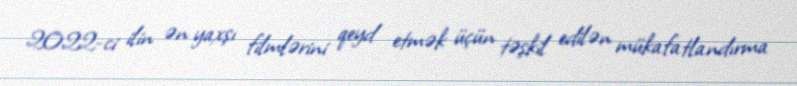
2022-ci ilin ən yaxşı filmlərini qeyd etmək üçün təşkil edilən mükafatlandırma